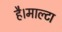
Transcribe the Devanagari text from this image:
है।माल्टा